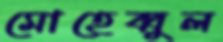
মোহেব্বুল